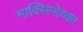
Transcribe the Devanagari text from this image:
माक्सिमोव्का